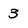
Character: 3